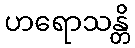
ဟရောသန္တိ